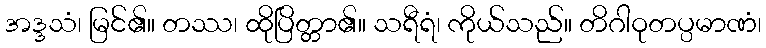
အဒ္ဒသံ၊ မြင်၏။ တဿ၊ ထိုပြိတ္တာ၏။ သရီရံ၊ ကိုယ်သည်။ တိဂါဝုတပ္ပမာဏံ၊